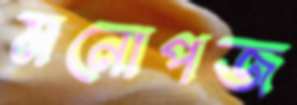
মনোপজ